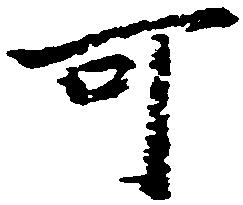
可